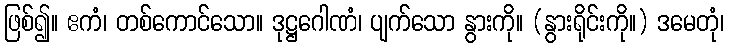
ဖြစ်၍။ ဧကံ၊ တစ်ကောင်သော။ ဒုဋ္ဌဂေါဏံ၊ ပျက်သော နွားကို။ (နွားရိုင်းကို။) ဒမေတုံ၊